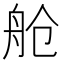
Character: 舱